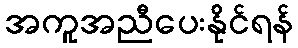
အကူအညီပေးနိုင်ရန်